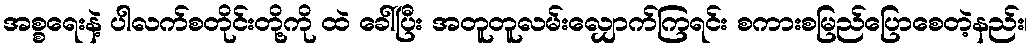
အစ္စရေးနဲ့ ပါလက်စတိုင်းတို့ကို ထဲ ခေါ်ပြီး အတူတူလမ်းလျှောက်ကြရင်း စကားစမြည်ပြောစေတဲ့နည်း၊